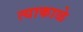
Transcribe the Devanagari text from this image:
त्याकाळे